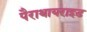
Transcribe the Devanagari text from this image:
पैराथायराइड